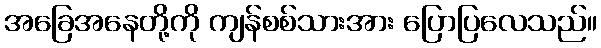
အခြေအနေတို့ကို ကျန်စစ်သားအား ပြောပြလေသည်။